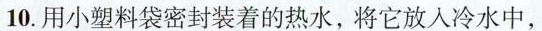
10. 用小塑料袋密封装着的热水，将它放入冷水中，